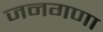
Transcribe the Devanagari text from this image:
जनगणा